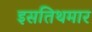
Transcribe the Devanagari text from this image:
इसतिथमार